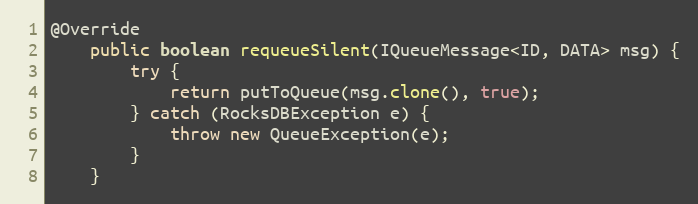
Language: Java
@Override
    public boolean requeueSilent(IQueueMessage<ID, DATA> msg) {
        try {
            return putToQueue(msg.clone(), true);
        } catch (RocksDBException e) {
            throw new QueueException(e);
        }
    }